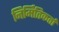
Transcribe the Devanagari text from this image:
निर्मितिकर्ता